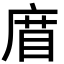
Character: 𢉧